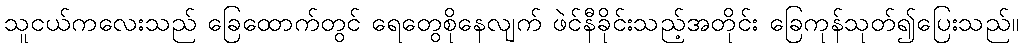
သူငယ်ကလေးသည် ခြေထောက်တွင် ရေတွေစိုနေလျက် ဖဲင်နီခိုင်းသည့်အတိုင်း ခြေကုန်သုတ်၍ပြေးသည်။